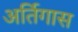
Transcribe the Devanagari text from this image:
अर्तिगास